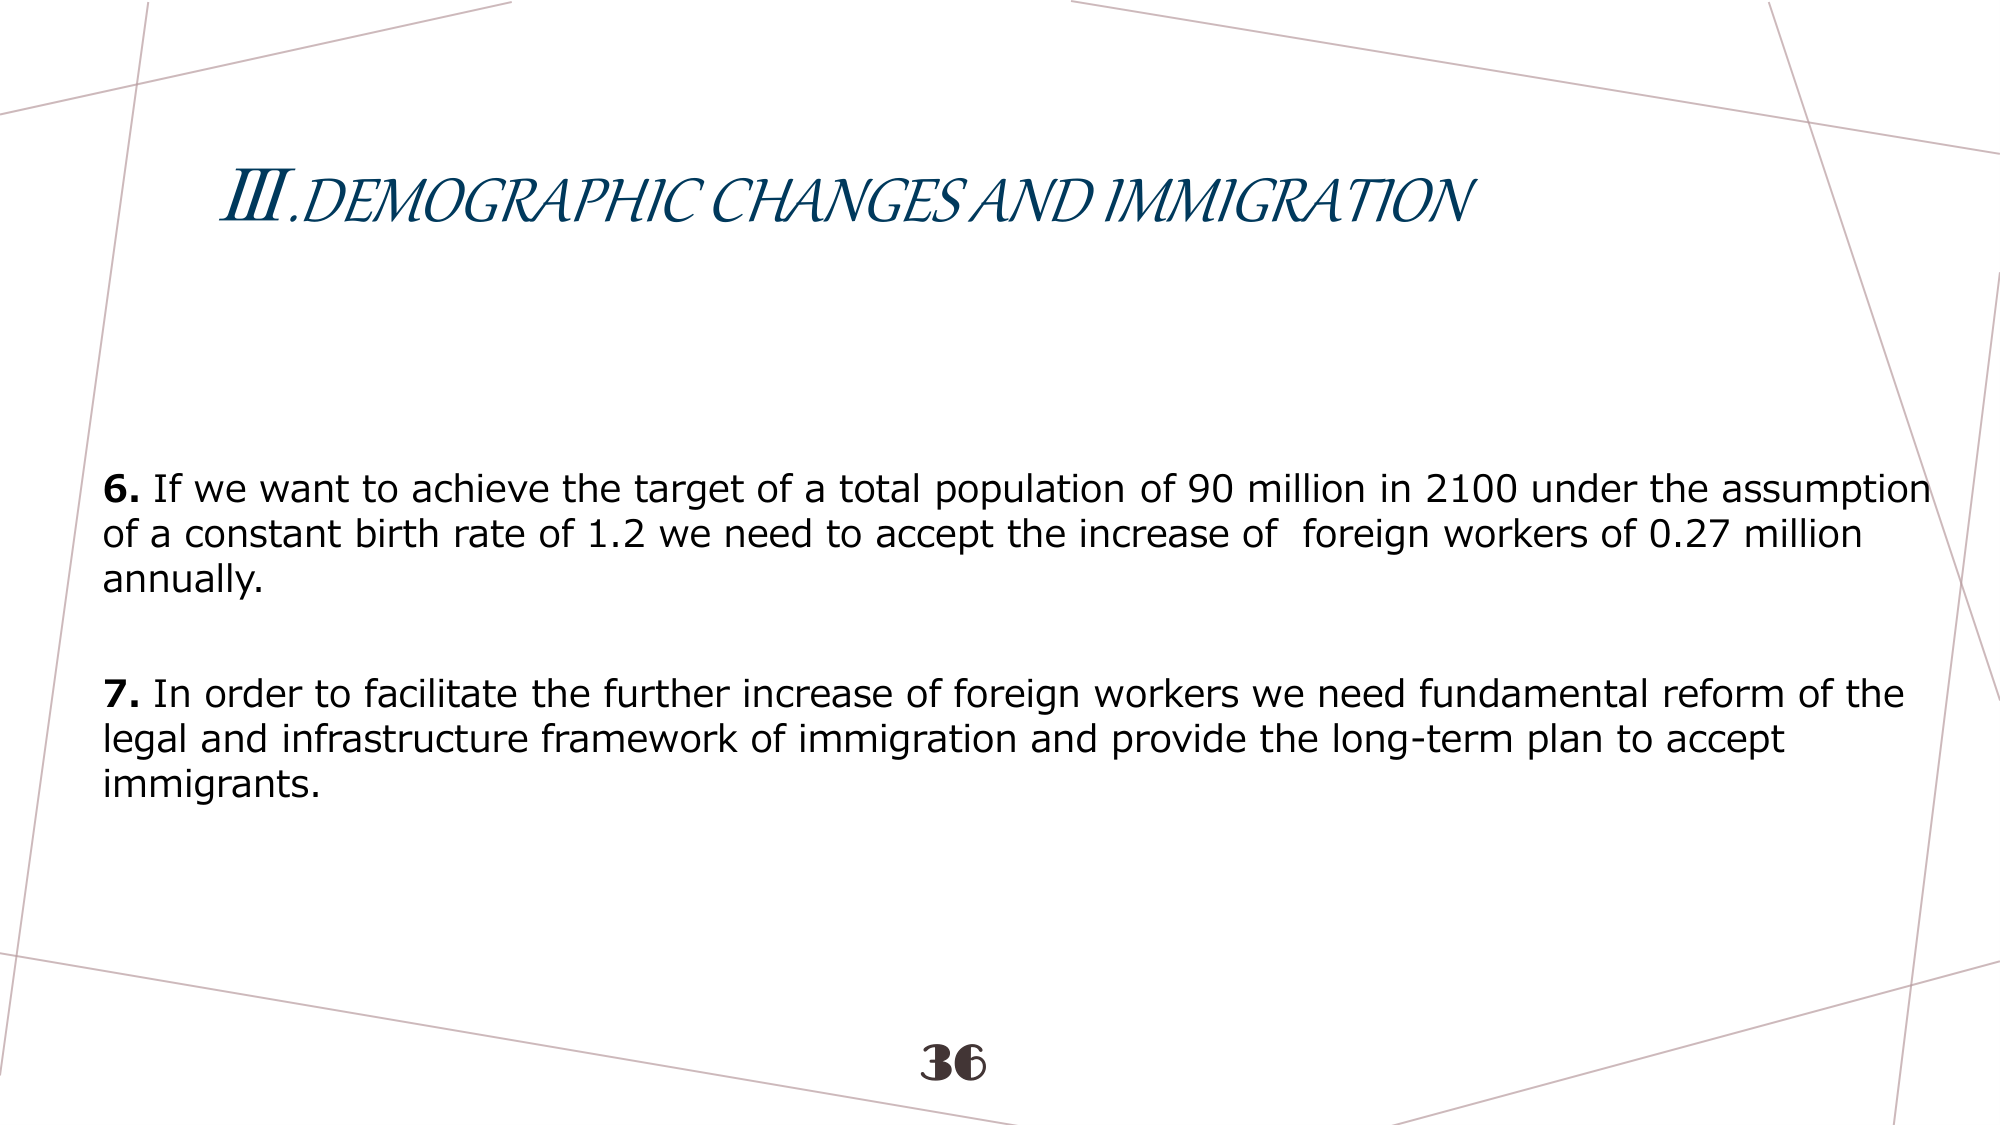
III. DEMOGRAPHIC CHANGES AND IMMIGRATION

6. If we want to achieve the target of a total population of 90 million in 2100 under the assumption of a constant birth rate of 1.2 we need to accept the increase of foreign workers of 0.27 million annually.

7. In order to facilitate the further increase of foreign workers we need fundamental reform of the legal and infrastructure framework of immigration and provide the long-term plan to accept immigrants.

36